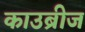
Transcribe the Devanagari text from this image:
काउब्रीज